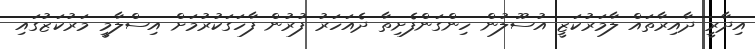
އިދާރީ ދާއިރާތައް ލާމަރުކަޒީ އުސޫލުން ހިންގަންފެށިތާ ދެއަހަރު ފުރުން ފާހަގަކުރުމަށް އިސްލާމީ މަރުކަޒުގައި